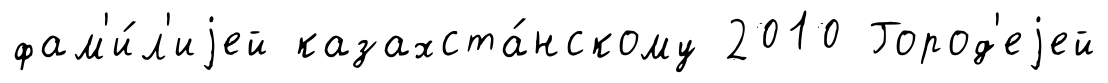
фам'и́л'иjей казахста́нскому 2010 Город'еjей